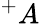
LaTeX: ^+A